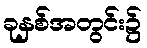
ခုနှစ်အတွင်း၌